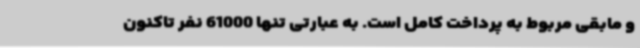
و مابقی مربوط به پرداخت کامل است. به عبارتی تنها 61000 نفر تاکنون